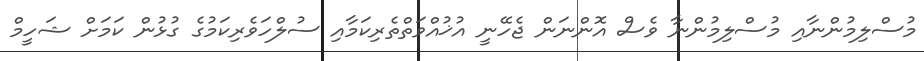
މުސްލިމުންނާއި މުސްލިމުންނާ ވެސް އޮންނަން ޖެހޭނީ އުޚުއްވަތްތެރިކަމާއި ސުލްހަވެރިކަމުގެ ގުޅުން ކަމަށް ޝަހީމް